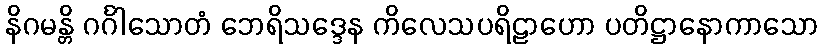
နိဂမန္တိ ဂင်္ဂါသောတံ ဘေရိသဒ္ဒေန ကိလေသပရိဠာဟော ပတိဋ္ဌာနောကာသော